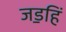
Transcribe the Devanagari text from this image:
जड॒हिं